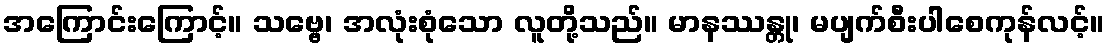
အကြောင်းကြောင့်။ သဗ္ဗေ၊ အလုံးစုံသော လူတို့သည်။ မာနဿန္တု၊ မပျက်စီးပါစေကုန်လင့်။